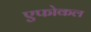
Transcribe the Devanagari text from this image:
एफोकल